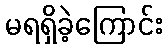
မရရှိခဲ့ကြောင်း